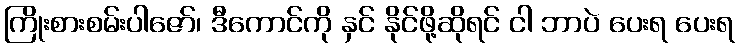
ကြိုးစားစမ်းပါဇော်၊ ဒီကောင်ကို နှင် နိုင်ဖို့ဆိုရင် ငါ ဘာပဲ ပေးရ ပေးရ